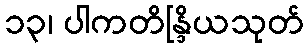
၁၃၊ ပါကတိန္ဒြိယသုတ်